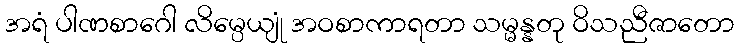
အရံ ပါဏစာဂေါ လိမ္ပေယျုံ အဝစာကာရတာ သမ္မန္နတု ဝိသညီဇာတော